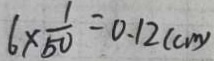
6 \times \frac { 1 } { 5 0 } = 0 . 1 2 ( c m )